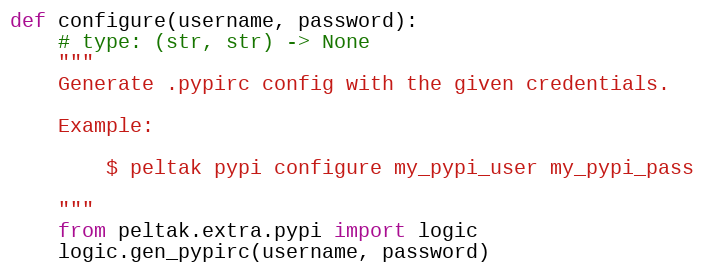
Language: Python
def configure(username, password):
    # type: (str, str) -> None
    """
    Generate .pypirc config with the given credentials.

    Example:

        $ peltak pypi configure my_pypi_user my_pypi_pass

    """
    from peltak.extra.pypi import logic
    logic.gen_pypirc(username, password)